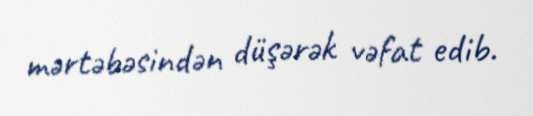
mərtəbəsindən düşərək vəfat edib.